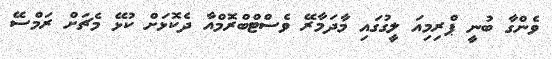
ވެންގާ ބުނީ ޕްރިމިއަ ލީގުގައި މާދަމާރޭ ވެސްޓްބްރޮމްއާ ދެކޮޅަށް ކުޅޭ މެޗަށް ރަމްސޭ